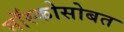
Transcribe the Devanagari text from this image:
मॉस्कोसोबत